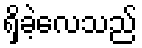
ရှိခဲ့လေသည်